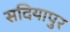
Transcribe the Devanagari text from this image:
सदियापुर